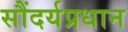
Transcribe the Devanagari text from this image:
सौंदर्यप्रधान